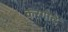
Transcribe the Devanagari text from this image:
करगोटे